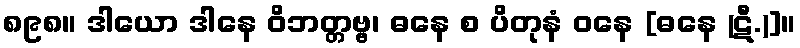
၈၉၈။ ဒါယော ဒါနေ ဝိဘတ္တဗ္ဗ၊ ဓနေ စ ပိတုနံ ဝနေ [ဓနေ (ဋီ.)]။